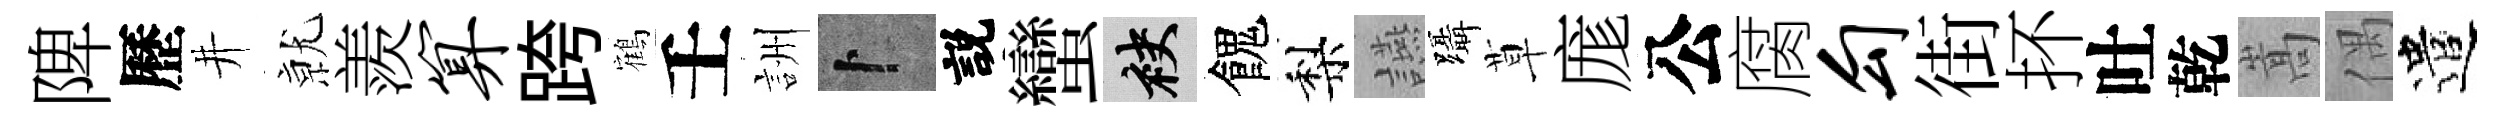
陴歷井𭕒羨算跨鶴壬詶卜説蠻袂餽梨讌躡草庬公腐勾街抔吐乾嵩偶遣